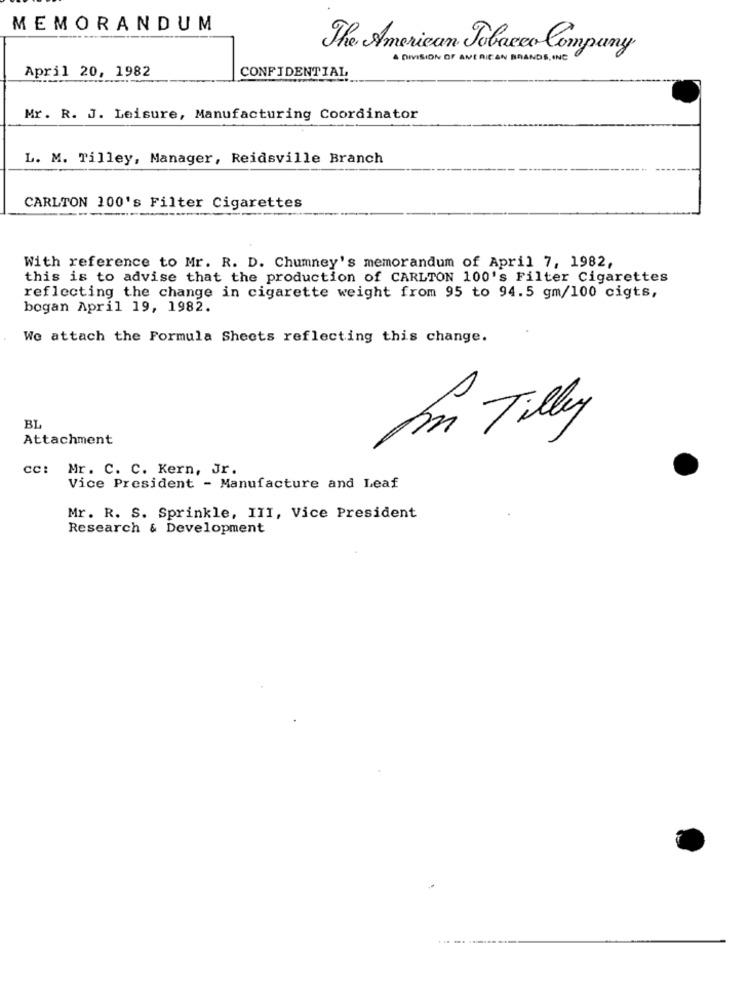
MEMORANDUM
The American Tobacco Company
A DIVISION OF AMERICAN BRANDS INC
April 20, 1982
CONFIDENTIAL
Mr. R. J. Leisure, Manufacturing Coordinator
L. M. Tilley, Manager, Reidsville Branch
CARLTON 100's Filter Cigarettes
With reference to Mr. R. D. Chumney's memorandum of April 7, 1982,
this is to advise that the production of CARLTON 100's Filter Cigarettes
reflecting the change in cigarette weight from 95 to 94.5 gm/100 cigts,
bogan April 19, 1982.
Wo attach the Formula Sheets reflecting this change.
BL
Attachment
fin Tilly
cc: Mr. C. C. Kern, Jr.
Vice President - Manufacture and Leaf
Mr. R. S. Sprinkle, III, Vice President
Research & Development